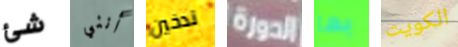
شئ أنني تدخين الدورة بها الكويت